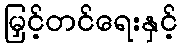
မြှင့်တင်ရေးနှင့်